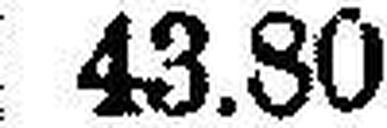
43.80